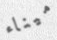
ميناء